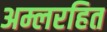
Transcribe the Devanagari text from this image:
अम्लरहित